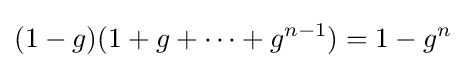
(1-g)(1+g+\cdots +g^{n-1})=1-g^{n}